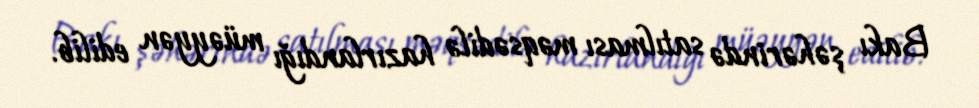
Bakı şəhərində satılması məqsədilə hazırlandığı müəyyən edilib.